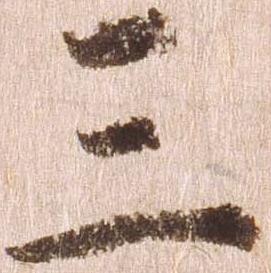
三